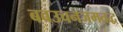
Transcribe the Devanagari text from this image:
बवउचनजमतद्ध